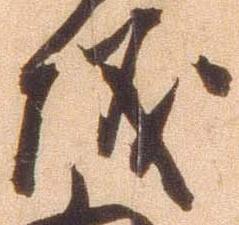
儀